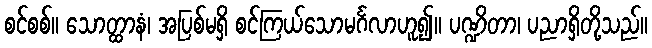
စင်စစ်။ သောတ္ထာနံ၊ အပြစ်မရှိ စင်ကြယ်သောမင်္ဂလာဟူ၍။ ပဏ္ဍိတာ၊ ပညာရှိတို့သည်။